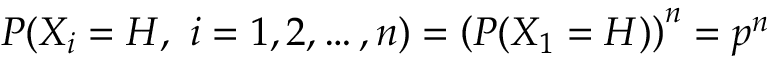
P ( X _ { i } = H , \ i = 1 , 2 , \dots , n ) = \left( P ( X _ { 1 } = H ) \right) ^ { n } = p ^ { n }